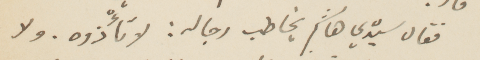
فقال سيدي هاشم يخاطب رجاله: لا تأذوه. ولا